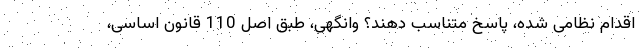
اقدام نظامی شده، پاسخ متناسب دهند؟ وانگهی، طبق اصل 110 قانون اساسی،